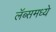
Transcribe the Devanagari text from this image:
लॅब्समध्ये